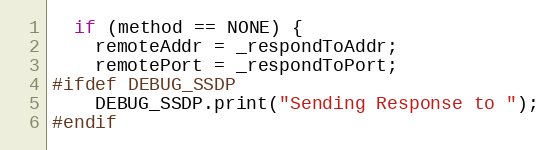
Language: C++
  if (method == NONE) {
    remoteAddr = _respondToAddr;
    remotePort = _respondToPort;
#ifdef DEBUG_SSDP
    DEBUG_SSDP.print("Sending Response to ");
#endif